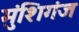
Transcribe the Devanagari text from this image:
मुंशिगंज